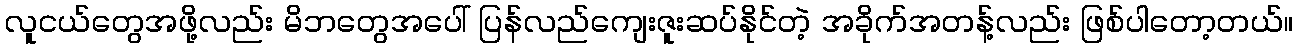
လူငယ်တွေအဖို့လည်း မိဘတွေအပေါ် ပြန်လည်ကျေးဇူးဆပ်နိုင်တဲ့ အခိုက်အတန့်လည်း ဖြစ်ပါတော့တယ်။